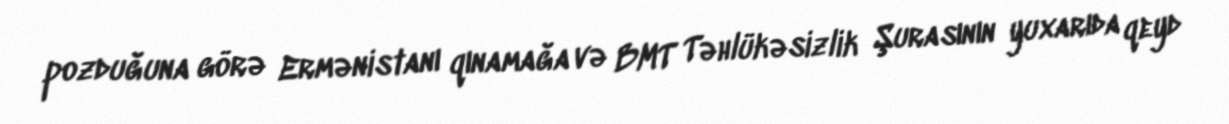
pozduğuna görə Ermənistanı qınamağa və BMT Təhlükəsizlik Şurasının yuxarıda qeyd